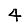
Digit: 4